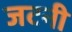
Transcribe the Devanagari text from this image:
जटनी